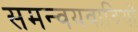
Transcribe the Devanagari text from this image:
समन्वयवादियों